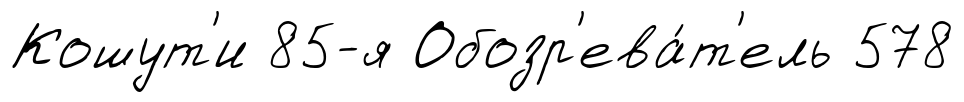
Кошут'и 85-я Обозр'ева́т'ель 578